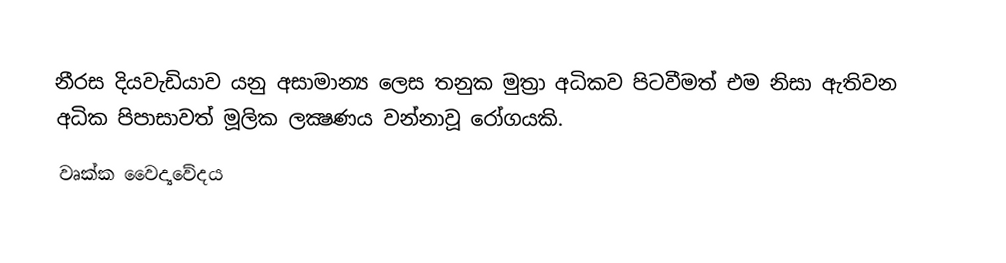
නීරස දියවැඩියාව යනු අසාමාන්‍ය ලෙස තනුක මුත්‍රා අධිකව පිටවීමත් එම නිසා ඇතිවන අධික පිපාසාවත් මූලික ලක්‍ෂණය වන්නාවූ රෝගයකි.
වෘක්ක වෛද්‍යවේදය